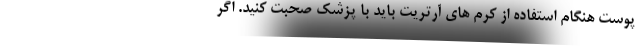
پوست هنگام استفاده از کرم های آرتریت باید با پزشک صحبت کنید. اگر